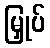
မြှုပ်